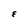
Character: E